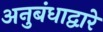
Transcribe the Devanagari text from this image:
अनुबंधाद्वारे